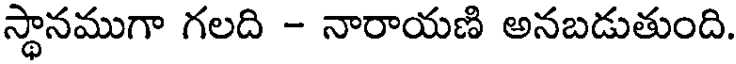
స్థానముగా గలది - నారాయణి అనబడుతుంది.